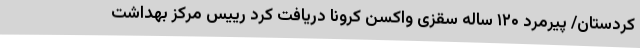
کردستان/ پیرمرد ۱۲۰ ساله سقزی واکسن کرونا دریافت کرد رییس مرکز بهداشت